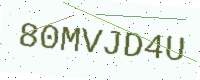
Text: 80MVJD4U